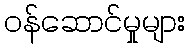
ဝန်ဆောင်မှုများ